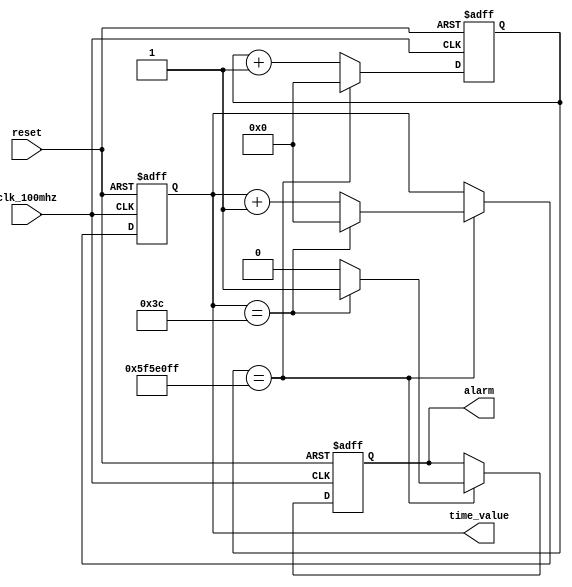
module rtc_timer (
    input wire clk_100mhz,
    input wire reset,
    output reg [31:0] time_value,
    output reg alarm
);

reg [31:0] counter;

always @(posedge clk_100mhz or posedge reset) begin
    if (reset) begin
        counter <= 0;
        time_value <= 0;
        alarm <= 0;
    end else begin
        counter <= counter + 1;
        if (counter == 99999999) begin
            counter <= 0;
            time_value <= time_value + 1;
            if (time_value == 60) begin
                time_value <= 0;
                alarm <= 1;
            end else begin
                alarm <= 0;
            end
        end
    end
end

endmodule